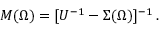
\begin{array} { r } { M ( \Omega ) = [ U ^ { - 1 } - \Sigma ( \Omega ) ] ^ { - 1 } \, . } \end{array}